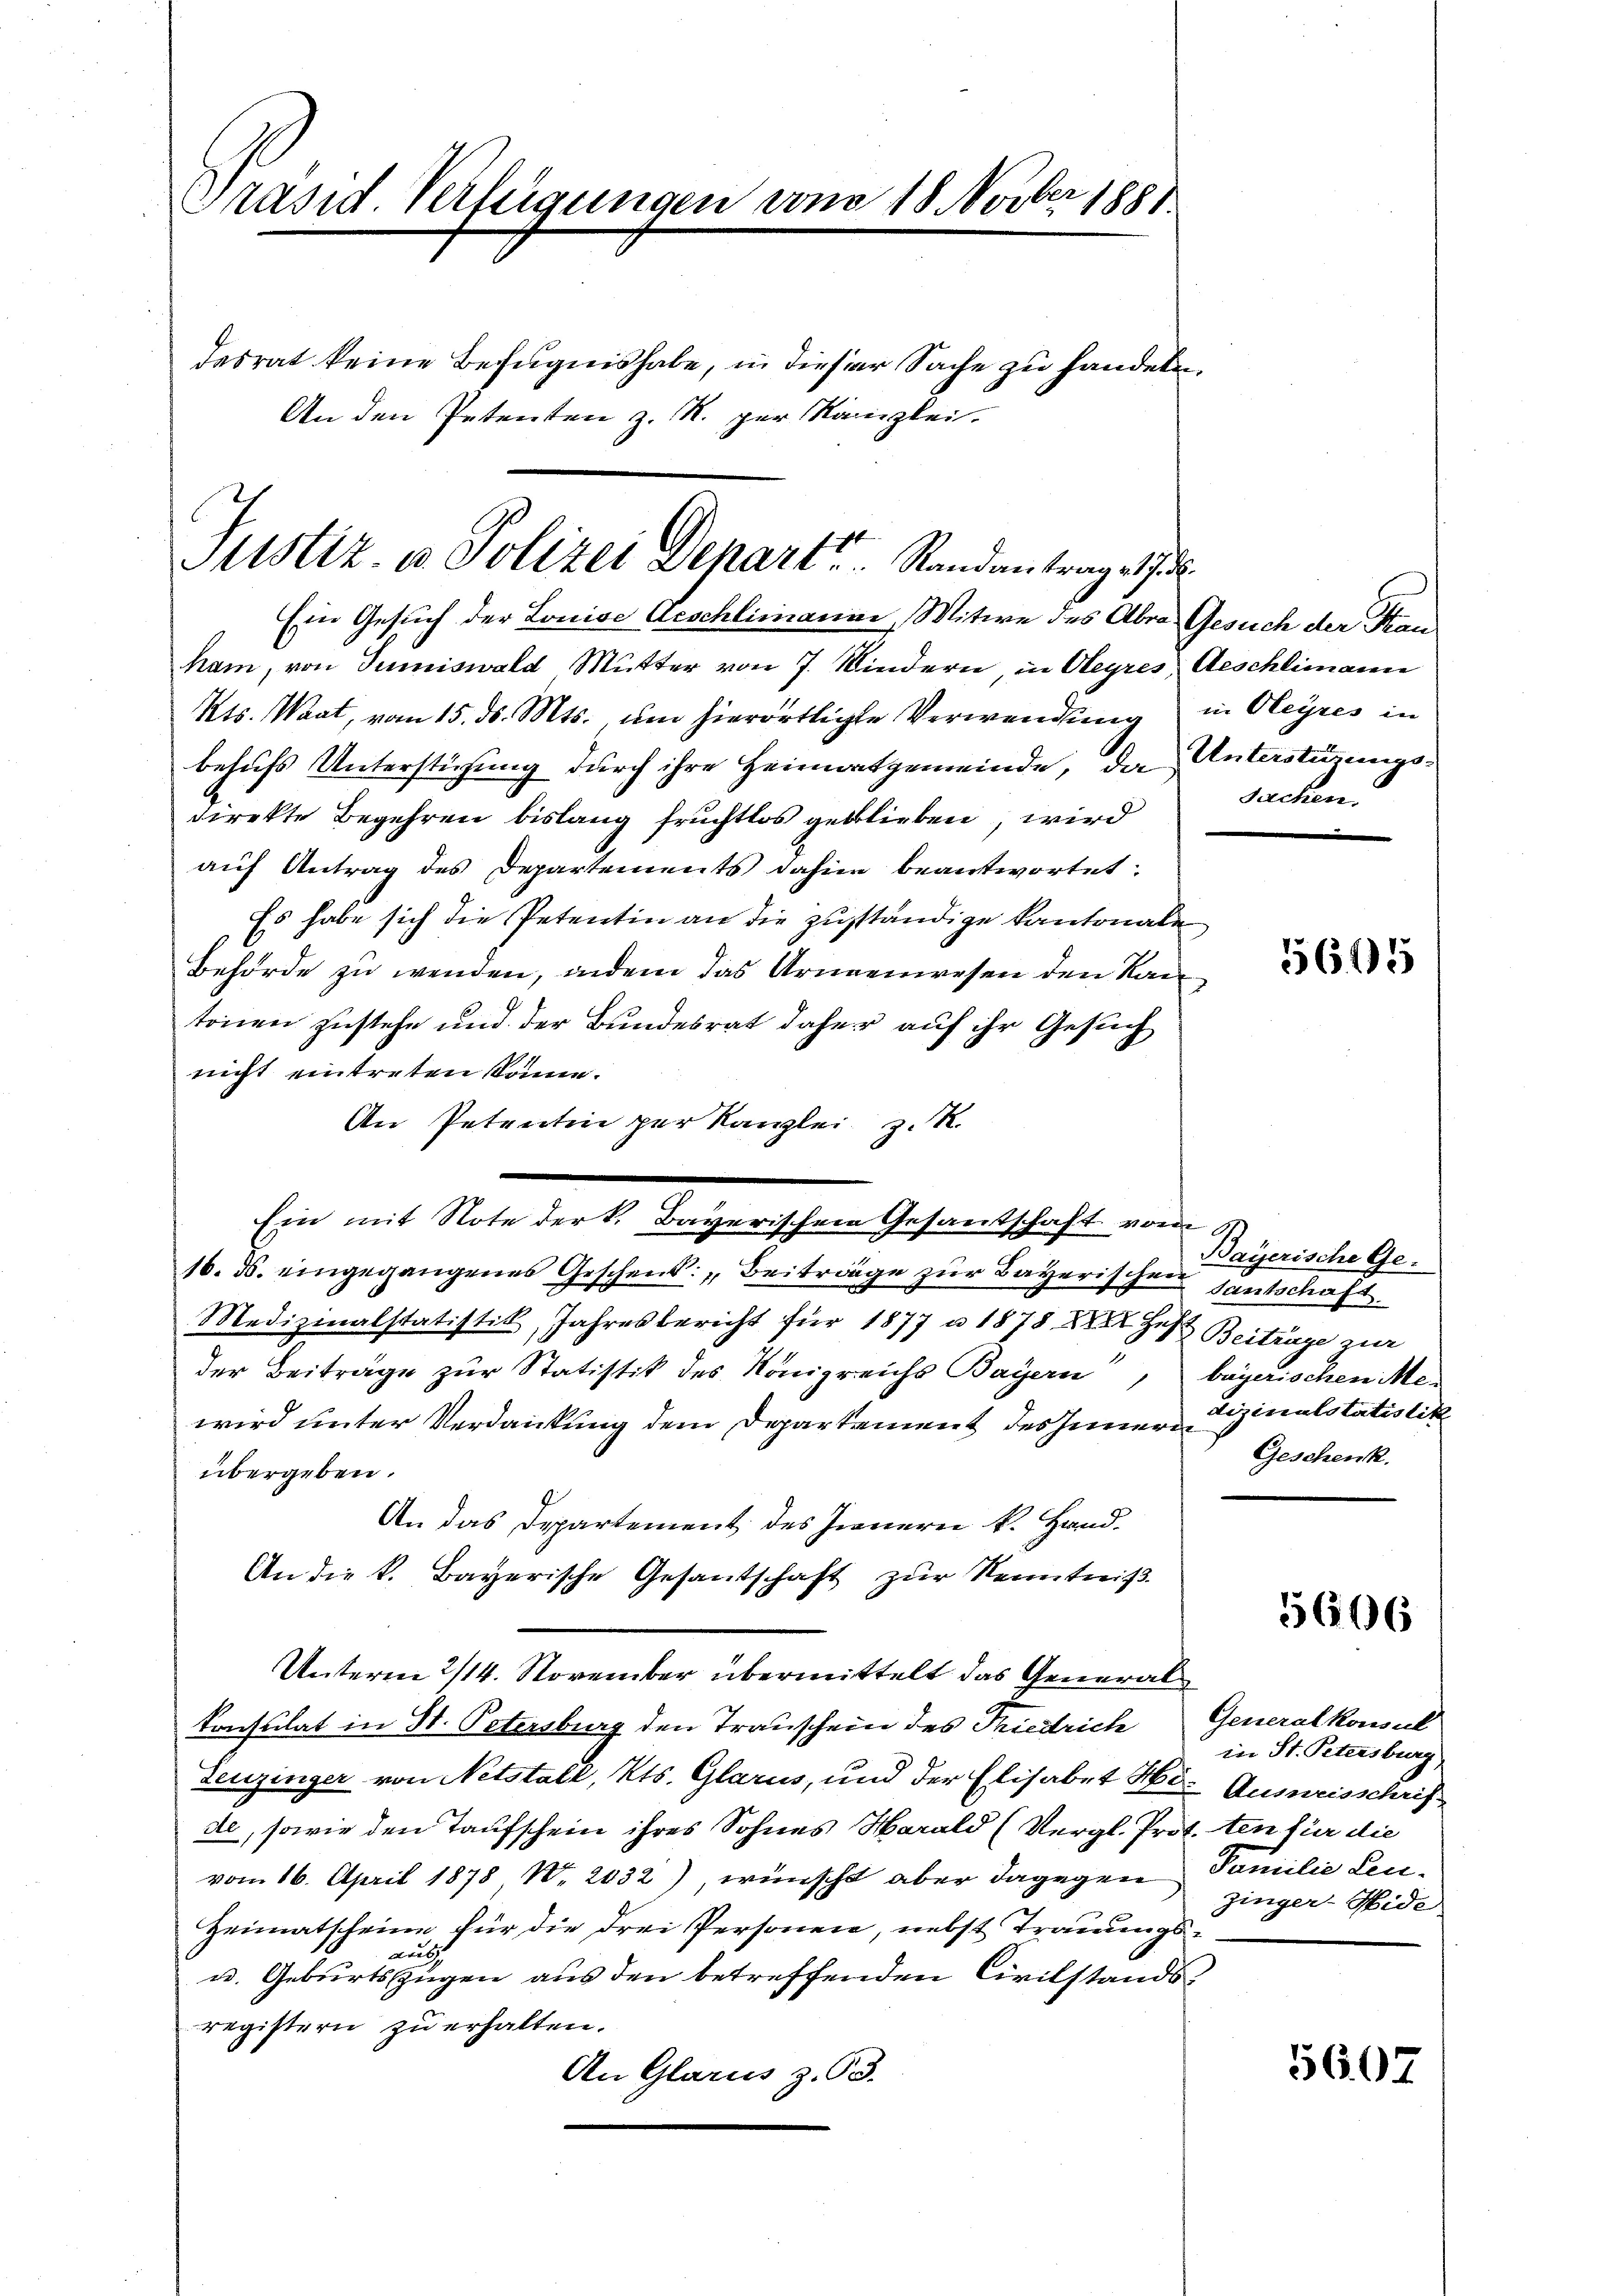
Grasid. Verlegungen von 18 Novber 1881

desrat keine Befugnis habe, in dieser Sache zu handeln.
An den Petenten z. R. per Kanzlei.

Stistiz- u. Polizei Depart Randantrag 17.

Ein Gesuch der Louise Aeschlimanne, Witwe des Abra Gesuch der Kanham, von Sumiswald Mutter von 7. Windern, in Oleyres, Aeschlimann
Kts. Waat, vom 15. ds. Mts. um hierortlichte Verwendung in Oleyres in
behufs Unterstüzung durch ihre Heimatgemeinde, da Antestigungsdirekte Begehren bislang fruchtlos geblieben, wird
auf Antrag des Departements dahin beantwortet:
Es habe sich die Petentin an die zuständige Kantonale
Behörde zu wenden, indem das Armenwesen den Kan
tonen zustehe und der Bundesrat daher auf ihr Gesuch
nicht eintreten könne.
An Petentin per Kanzlei z. R.
Ein mit Note der k. Bayerischen Gesandschaft vom 4.
16. ds. eingegangenes Geschenk: „Beiträge zŭr Bayerischen Santschaft.
Medizinalstatistik, Jahresbericht für 1877 u. 1878 XXXI Heft Beitrage zur
der Beiträge zur Statistik des Königreichs Bayern, bayerischen Mewird unter Verdankung dem Departement des Inner inalstatistik
übergeben.
An das Departement des Innern k. Hand.
An die k. Bayerische Gesantschaft zŭr Kenntniß
Unterm 2/14. November übermittelt das General¬
Consulat in St. Petersburg den Trauschein des Friedrich Generalkonsul
Leuzinger von Netstalt, Kts. Glarus, und der Elisabet Hr. Ausweisschrifde, sowie den Taufschein ihres Sohnes Marald (Vergl. Prot. ten für die
vom 16. April 1878 No. 2032), wünscht aber dagegen Familie Leu¬
Heimatscheine für die drei Personen, nebst Trauungsaut
u. Geburtszügen aus den betreffenden Civilstandsregistern zu erhalten.
An Glarus z. 93.

Sachen,

5615

Bayerische Ge¬
Geschenk.

5606

in St. Petersburg
zinger-Mide

5607